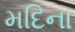
મદિના